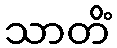
သာတိံ